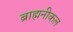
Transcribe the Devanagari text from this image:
ब्राह्मनीकल